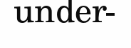
under-